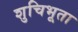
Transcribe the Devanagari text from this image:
शुचिभूता